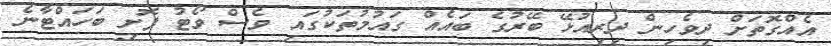
އެއްގޮތަށް ދިވެހިން ދިރިއުޅޭ ބޭރުގެ ބައެއް ގައުމުތަކުގައި ވެސް ވޯޓު ފޮށި ބަހައްޓާނެ